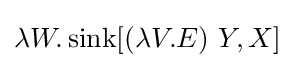
\lambda W.\operatorname {sink} [(\lambda V.E)\ Y,X]